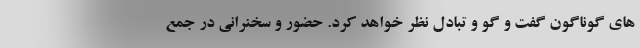
های گوناگون گفت و گو و تبادل نظر خواهد کرد. حضور و سخنرانی در جمع